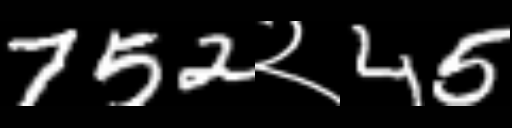
Text: 752२45